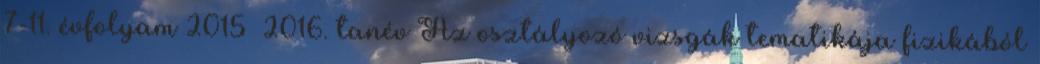
7-11. évfolyam 2015 2016. tanév Az osztályozó vizsgák tematikája fizikából